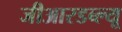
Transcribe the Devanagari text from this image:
जीआरडब्ल्यू